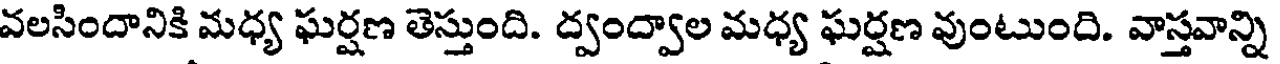
వలసిందానికి మధ్య ఘర్షణ తెస్తుంది. ద్వంద్వాల మధ్య ఘర్షణ వుంటుంది. వాస్తవాన్ని